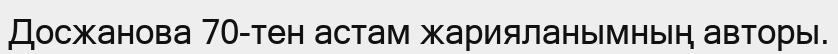
Досжанова 70-тен астам жарияланымның авторы.